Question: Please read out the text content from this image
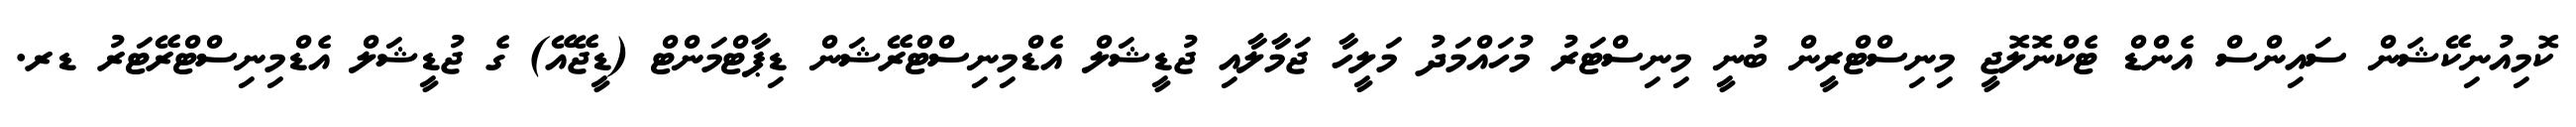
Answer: ކޮމިއުނިކޭޝަން ސައިންސް އެންޑް ޓެކްނޮލޮޖީ މިނިސްޓްރީން ބުނީ މިނިސްޓަރު މުހައްމަދު މަލީހާ ޖަމާލާއި ޖުޑީޝަލް އެޑްމިނިސްޓްރޭޝަން ޑިޕާޓްމަންޓް (ޑީޖޭއޭ) ގެ ޖުޑީޝަލް އެޑްމިނިސްޓްރޭޓަރު ޑރ.